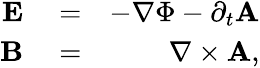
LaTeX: \begin{array}{rlr}{{\mathbf E}}&{{}=}&{-\nabla\Phi-\partial_{t}{\mathbf A}}\\ {{\mathbf B}}&{{}=}&{\nabla\times{\mathbf A},}\end{array}